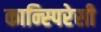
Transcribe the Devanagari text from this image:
कान्स्पिरेसी